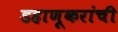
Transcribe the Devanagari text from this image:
डहाणूकरांची